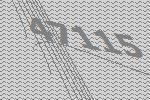
47115